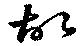
故